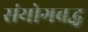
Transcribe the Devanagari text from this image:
संयोगबद्ध